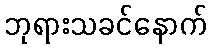
ဘုရားသခင်နောက်